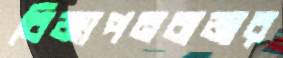
বিজ্ঞাপনবাজার